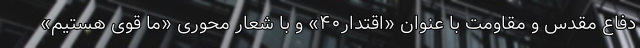
دفاع مقدس و مقاومت با عنوان «اقتدار۴۰» و با شعار محوری «ما قوی هستیم»